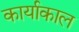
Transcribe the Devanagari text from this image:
कार्याकाल